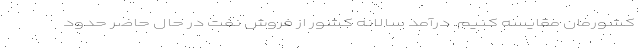
کشورمان مقایسه کنیم. درآمد سالانه کشور از فروش نفت در حال حاضر حدود